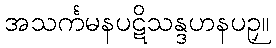
အသင်္ကမနပဋိသန္ဒဟနပဉှ။